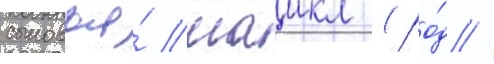
сыновья́ маикл (ро́д //